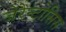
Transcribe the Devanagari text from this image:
जेरेन्टोसिस